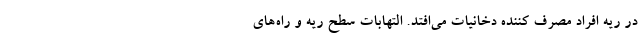
در ریه افراد مصرف کننده دخانیات می‌افتد. التهابات سطح ریه و راه‌های